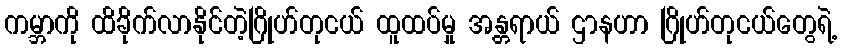
ကမ္ဘာကို ထိခိုက်လာနိုင်တဲ့ဂြိုဟ်တုငယ် ထူထပ်မှု အန္တရာယ် ဌာနဟာ ဂြိုဟ်တုငယ်တွေရဲ့